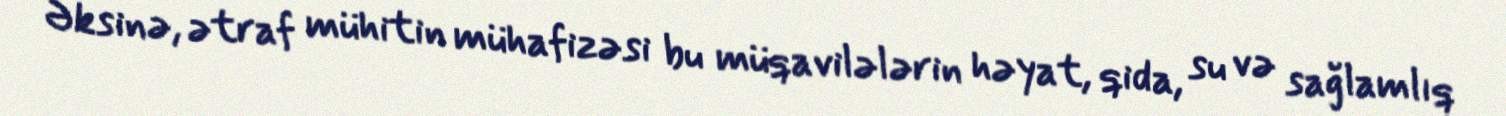
Əksinə, ətraf mühitin mühafizəsi bu müqavilələrin həyat, qida, su və sağlamlıq